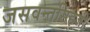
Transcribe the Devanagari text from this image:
जसवन्तसिहजी